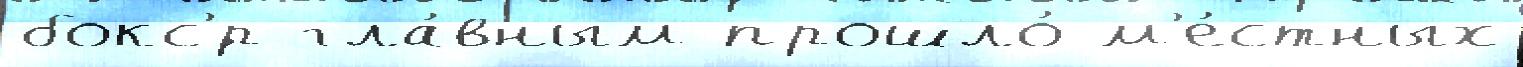
бокс'́р гла́вным прошло́ м'е́стных